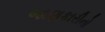
જાણકારીનો